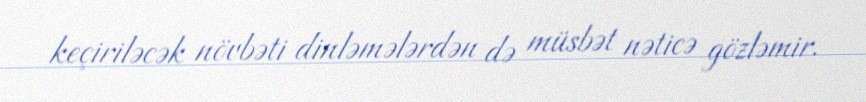
keçiriləcək növbəti dinləmələrdən də müsbət nəticə gözləmir.